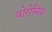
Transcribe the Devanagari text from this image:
बोरोसिव